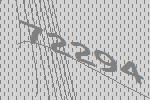
72294